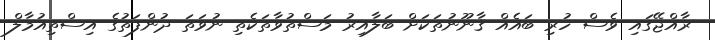
ރާއްޖޭގައި ވެސް ހުރި ބައެއް ޤާނޫނުތަކަށް ބަލާއިރު މަސްތުވާތަކެތި ނުވަތަ ދުންފަތުގެ އިސްތިއުމާލް